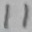
Text: 11